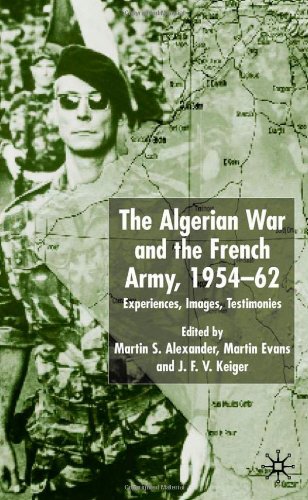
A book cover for The Algerian War and the French Army, 1954-62: Experiences, Images, Testimonies; History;